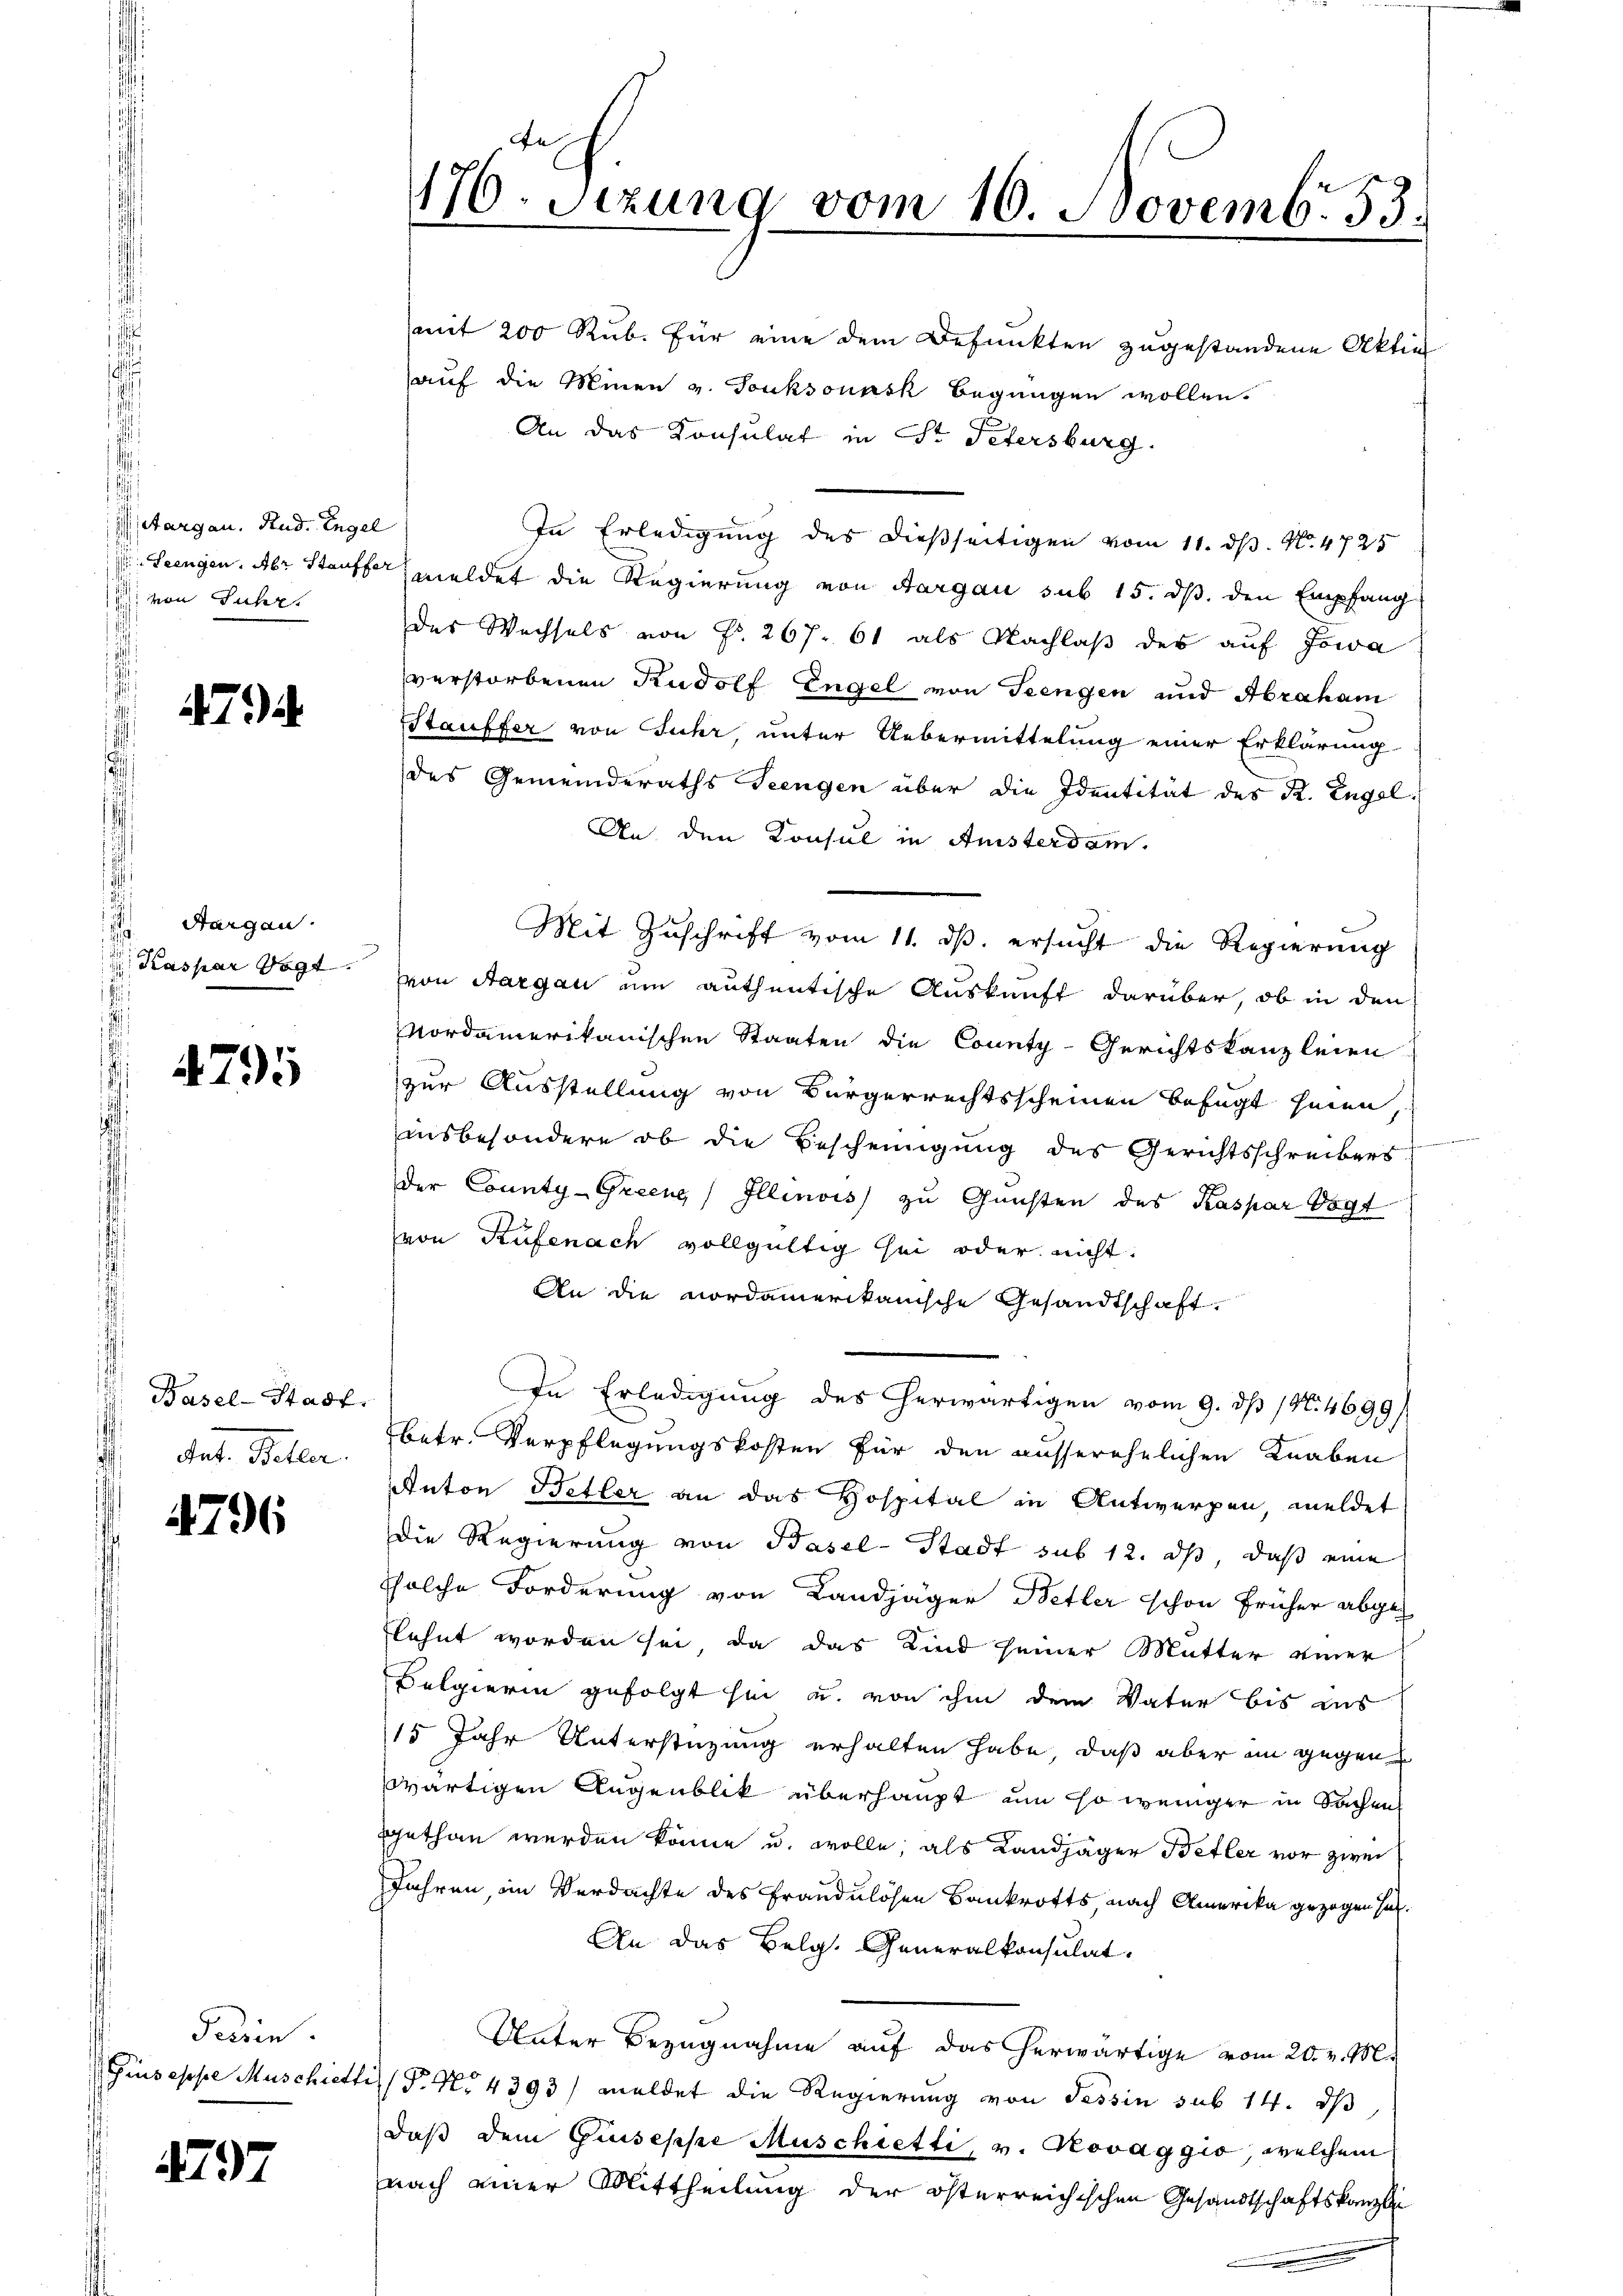
Aargau. Rud. Engel
 von Juhr.

7

Aargau.
Kaspar Vogt

4795

Basel-Stadt.
 des Beller

796

Tessin.
Giuseppe Muschiette

497

170. Setzung vom 10. Novemb. 53.

(mit 200 Rub. Für eine dem Befunkten zugestandene Aktie
auf die Minen v. Tonksounsk begnügen wollen.
An das Konsulat in Dr. Petersburg.
In Erledigung des dießseitigen vom 11. dß. N. 4725
 Seengen. Aber Staufte meldet die Regierung von Aargau sub 15. ds. den Empfang
des Wechsels von Fr. 267. 61 als Nachlaβ des auf Jowa
verstorbenen Rudolf Engel von Teengen und Abraham
Stauffer von Juhr, unter Uebermittelung einer Erklärung
des Gemeinderaths Teengen über die Identität des R. Engel¬
An den Konsul in Ansterdam.
Mit Zuschrift vom 11. ds. ersucht die Regierung
von Aargau um authentische Auskunft darüber, ob in den
Nordamerikanischen Staaten die County-Gerichtskanzleien
zur Ausstellung von Bürgerrechtsscheinen befugt seien,
insbesondere ob die Bescheinigung des Gerichtsschreibens
der County-Greene Illinois zu Gunsten des Kaspar Vogt
von Küfenach vollgültig sei oder nicht.
An die Nordamerikanische Gesandtschaft
In Erledigung des herwärtigen vom 9. dß (N. 4699)
betr. Verpflegungskosten für den ausserehelichen Knaben
Anton Betler an das Hospital in Antwerpen, meldet
Die Regierung von Basel-Stadt sub 12. ds, daß eine
solche Forderung von Landjäger Better schon früher abgeflehnt worden sei, da das Kind seiner Mutter einer
Belgierin gefolgt sei u. von ihm dem Vater bis aus
15 Jahr Unterstüzung erhalten habe, daß aber in gegen
zwärtigen Augenblik überhaupt, um so weniger in Sachen
gethan werden könne u. wolle, als Landjäger Betler vor zwei
Jahren, im Verdachte des Frandulösen Bankrotts, nach Amerika gezogen sich.
An das Belg. Generalkonsulat
Unter Bezugnahme auf das herwärtige vom 20. v. M.
is P. Nr. 4393/ meldet die Regierung von Tessin sub 14. ds
daß dem Guiseppe Muschietti, v. Kovaggio, welchem
nach einer Mittheilung der österreichischen Gesandtschaftskanzlei